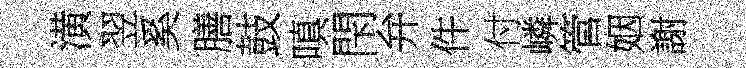
潢翌奚膳鼓嗔閇弁件付嶙管姻謝